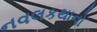
નવલકથાનો